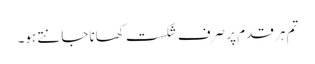
تم ہر قدم پر صرف شکست کھانا جانتے ہو۔